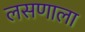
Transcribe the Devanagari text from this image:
लसणाला